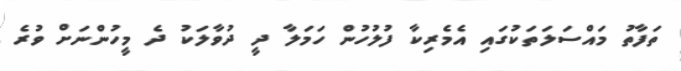
ތަފާތު މައްސަލަތަކުގައި އެމެރިކާ ފުލުހުން ހަމަލާ ދީ ދުވާލަކު ދެ މީހުންނަށް ވުރެ